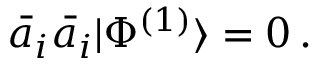
\bar { a } _ { i } \bar { a } _ { i } | \Phi ^ { ( 1 ) } \rangle = 0 \, .